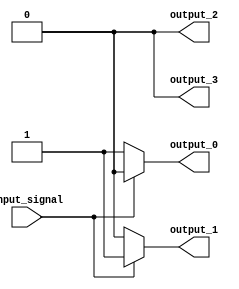
module demux_1to4 (
    input wire input_signal,
    output reg output_0,
    output reg output_1,
    output reg output_2,
    output reg output_3
);

always @ (input_signal) begin
    output_0 = (input_signal == 2'b00) ? 1'b1 : 1'b0;
    output_1 = (input_signal == 2'b01) ? 1'b1 : 1'b0;
    output_2 = (input_signal == 2'b10) ? 1'b1 : 1'b0;
    output_3 = (input_signal == 2'b11) ? 1'b1 : 1'b0;
end

endmodule